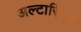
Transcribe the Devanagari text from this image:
अल्टारियन